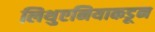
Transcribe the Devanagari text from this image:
लिथुएनियाकडून